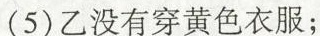
(5)乙没有穿黄色衣服；